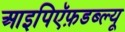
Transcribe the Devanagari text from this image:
आइपिऍफ़डब्ल्यू